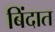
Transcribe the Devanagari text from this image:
बिंदात